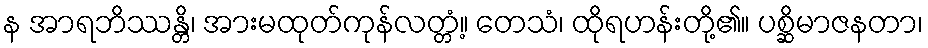
န အာရဘိဿန္တိ၊ အားမထုတ်ကုန်လတ္တံ့။ တေသံ၊ ထိုရဟန်းတို့၏။ ပစ္ဆိမာဇနတာ၊